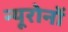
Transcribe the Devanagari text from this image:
न्यूरोनों